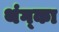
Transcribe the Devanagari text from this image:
थंग्का